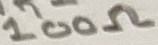
Text: 100Ω